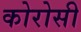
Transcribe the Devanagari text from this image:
कोरोसी